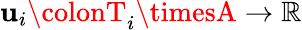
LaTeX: \mathbf{u}_{i}\colonT_{i}\timesA\rightarrow\mathbb{{R}}